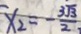
x _ { 2 } = - \frac { 3 \sqrt { 3 } } { 2 }